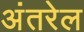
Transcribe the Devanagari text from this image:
अंतरेल